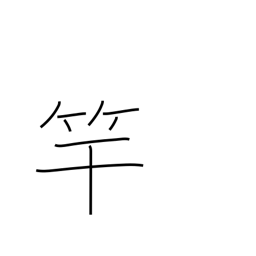
Meaning: violin neck